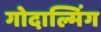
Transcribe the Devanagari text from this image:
गोदाल्मिंग